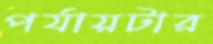
পর্যায়টার